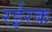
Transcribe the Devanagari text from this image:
रईरक